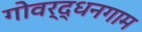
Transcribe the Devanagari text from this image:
गोवर्द्धनगाम